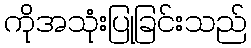
ကိုအသုံးပြုခြင်းသည်